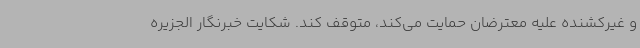
و غیرکشنده علیه معترضان حمایت می‌کند، متوقف کند. شکایت خبرنگار الجزیره